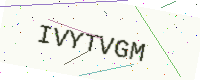
Text: IVYTVGM